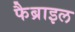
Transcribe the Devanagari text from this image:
फैब्राइल